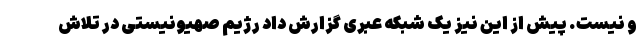
و نیست. پیش از این نیز یک شبکه عبری گزارش داد رژیم صهیونیستی در تلاش